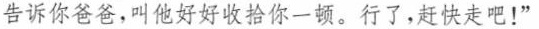
告诉你爸爸，叫他好好收拾你一顿。行了，赶快走吧！”